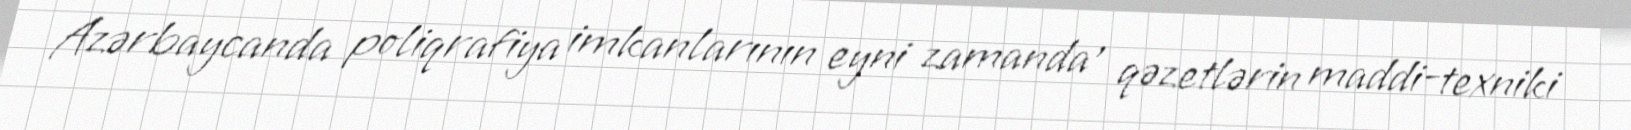
Azərbaycanda poliqrafiya imkanlarının eyni zamanda , qəzetlərin maddi-texniki